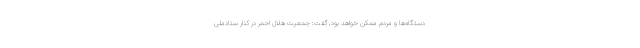
دستگاه‌ها و مردم ممکن خواهد بود، گفت: جمعیت هلال احمر در کنار ستادملی